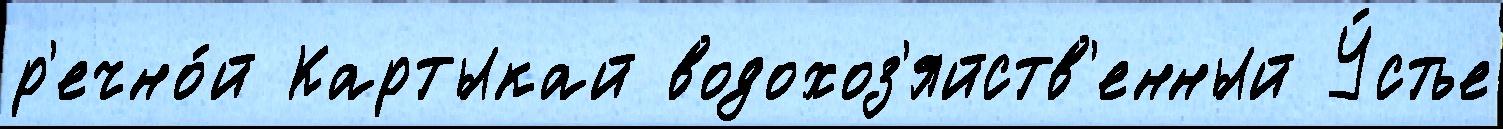
р'ечно́й Картыкай водохоз'яйств'енный У́стье